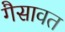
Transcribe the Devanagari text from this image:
गैसावत